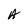
Character: A